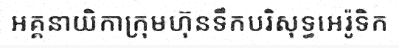
អគ្គនាយិកាក្រុមហ៊ុនទឹកបរិសុទ្ធអេរ៉ូទិក